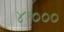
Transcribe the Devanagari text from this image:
४१०००